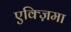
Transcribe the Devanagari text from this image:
एक्ज़िमा